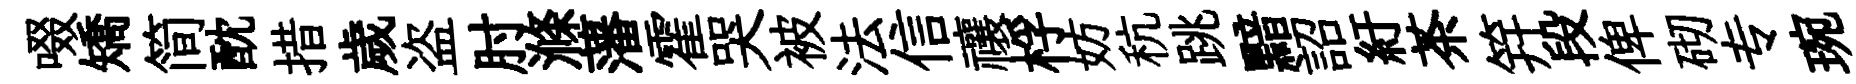
啜矯简酖措歲盗肘滌藩霍哭被法信禳桴妨秔跳黯詔紆茶笄段俾砌专琬